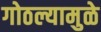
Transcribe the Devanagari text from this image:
गोठल्यामुळे